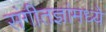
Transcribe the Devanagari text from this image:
संगीतज्ञांमध्ये